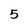
Character: 5